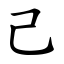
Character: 己